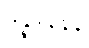
ဒိန္နဒါနေန